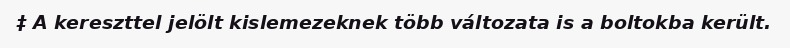
‡ A kereszttel jelölt kislemezeknek több változata is a boltokba került.